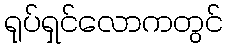
ရုပ်ရှင်လောကတွင်